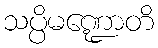
သပ္ပိမဏ္ဍောတိ